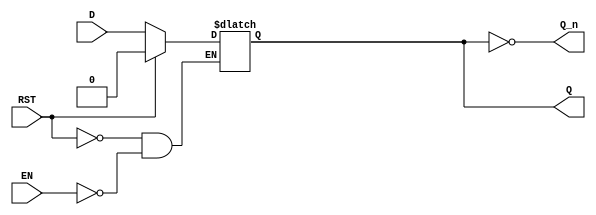
module latch_register (
    input wire D,       // Data Input
    input wire EN,      // Enable Signal
    input wire RST,     // Reset Signal (optional)
    output reg Q,       // Data Output
    output wire Q_n     // Complement Output
);

// Invert output for complement
assign Q_n = ~Q;

// Latch behavior
always @(*) begin
    if (RST) begin
        Q <= 1'b0; // Reset state
    end else if (EN) begin
        Q <= D;    // Capture data when enabled
    end
    // No else statement needed; Q retains its state when EN is low
end

endmodule